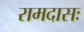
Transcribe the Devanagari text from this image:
रामदासः